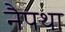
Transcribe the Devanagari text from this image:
नैपथा